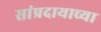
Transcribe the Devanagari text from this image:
सांप्रदायाच्या